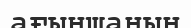
ағыншаның